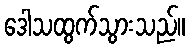
ဒေါသထွက်သွားသည်။